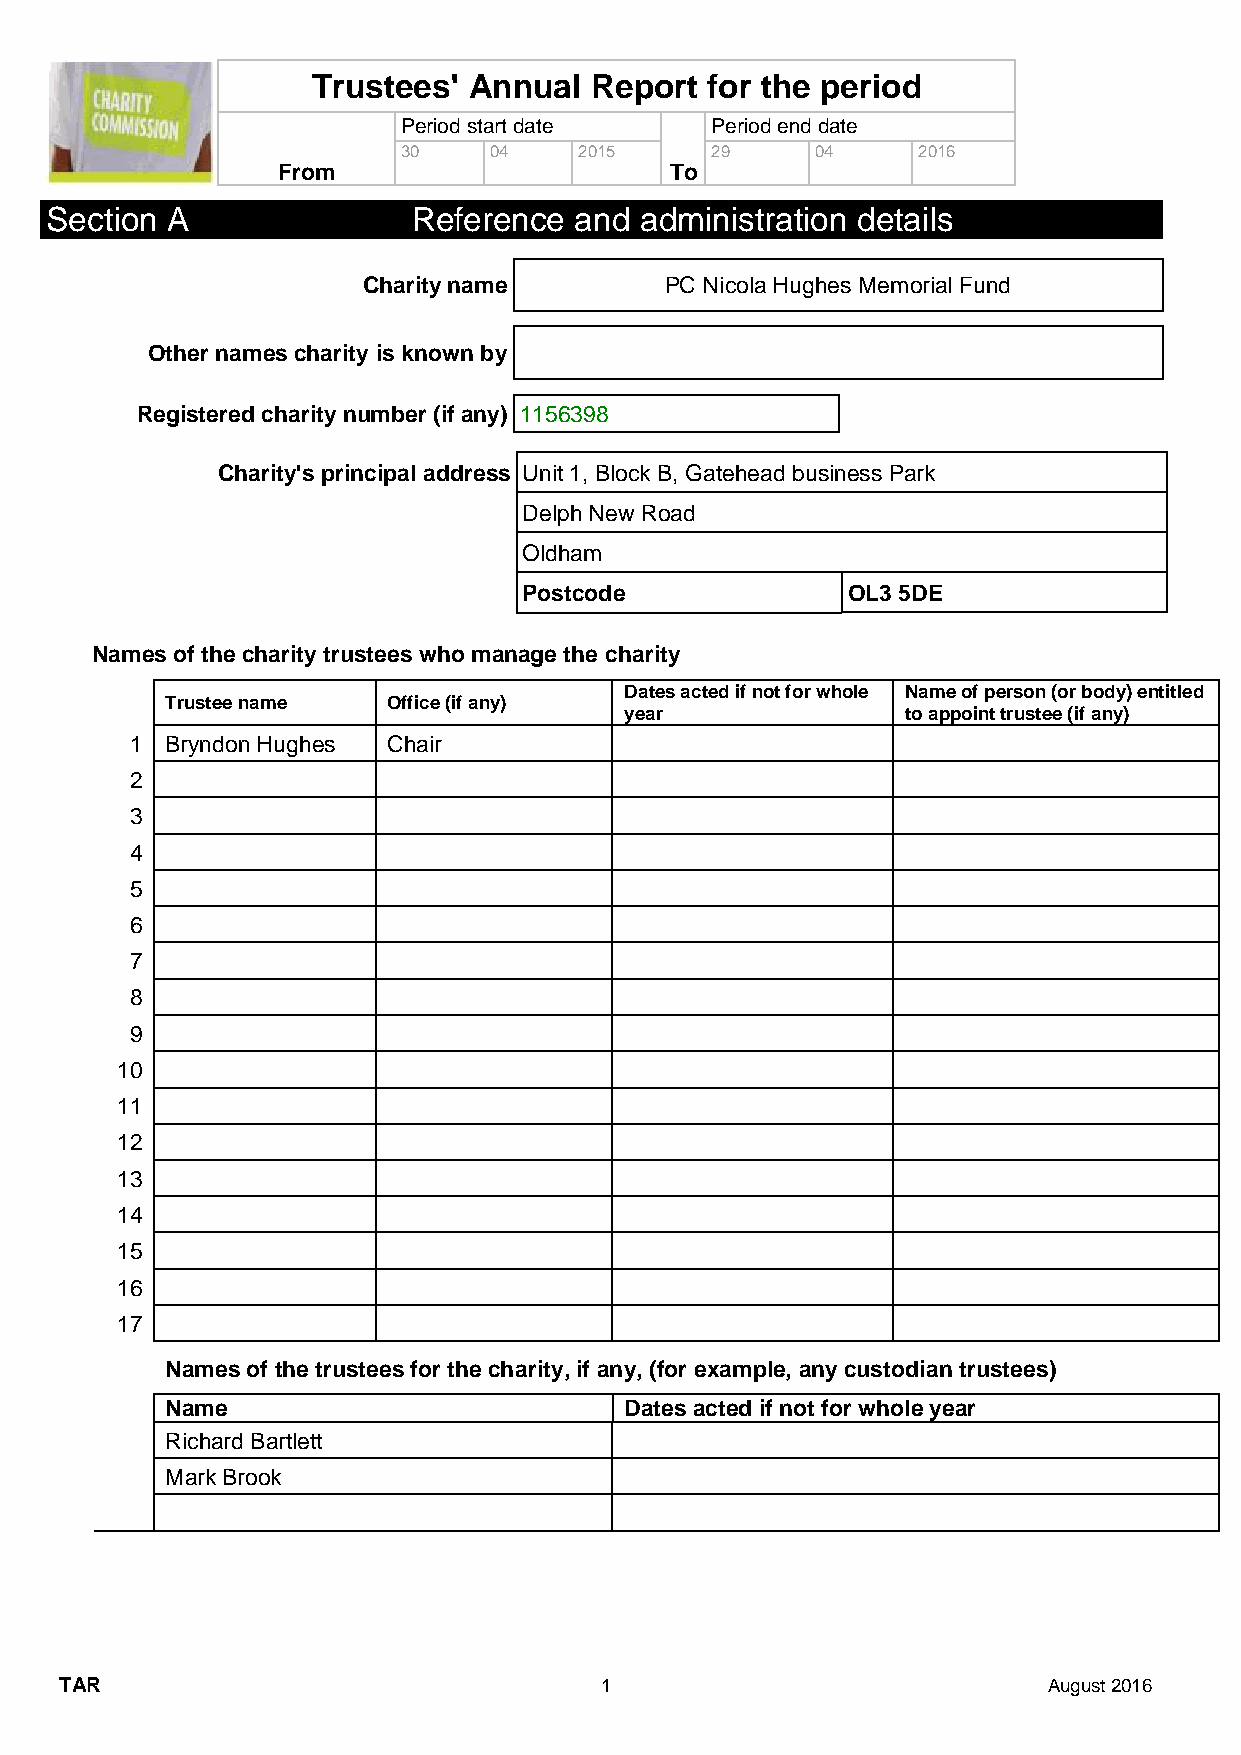
Trustees' Annual  Report  for the period
 Period start date   Period end date
 30   04    2015     29     04     2016
 From                      To
 Section A               Reference  and administration details
 Charity name        PC Nicola Hughes Memorial Fund
 Other names charity is known by
 Registered charity number (if any) 1156398
 Charity's principal address Unit 1, Block B, Gatehead business Park
 Delph New Road
 Oldham
 Postcode             OL3 5DE
 Names of the charity trustees who manage the charity
 Dates acted if not for whole Name of person (or body) entitled
 Trustee name   Office (if any)
 year               to appoint trustee (if any)
 1 Bryndon Hughes Chair
 2
 3
 4
 5
 6
 7
 8
 9
 10
 11
 12
 13
 14
 15
 16
 17
 Names of the trustees for the charity, if any, (for example, any custodian trustees)
 Name                          Dates acted if not for whole year
 Richard Bartlett
 Mark Brook
 TAR                                 1                            August 2016